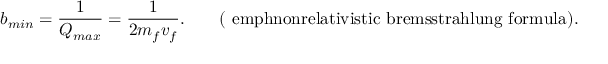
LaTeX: b _ { m i n } = \frac { 1 } { Q _ { m a x } } = \frac { 1 } { 2 m _ { f } v _ { f } } . \qquad \mathrm { ( \ e m p h { n o n r e l a t i v i s t i c } ~ b r e m s s t r a h l u n g ~ f o r m u l a ) . }